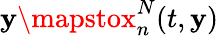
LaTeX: \mathbf{y}\mapstox_{n}^{N}(t,\mathbf{y})